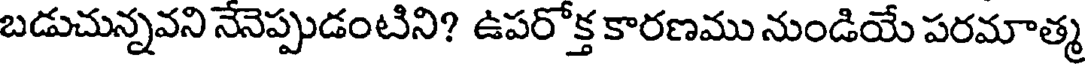
బడుచున్నవని నేనెప్పుడంటిని? ఉపరోక్త కారణము నుండియే పరమాత్మ